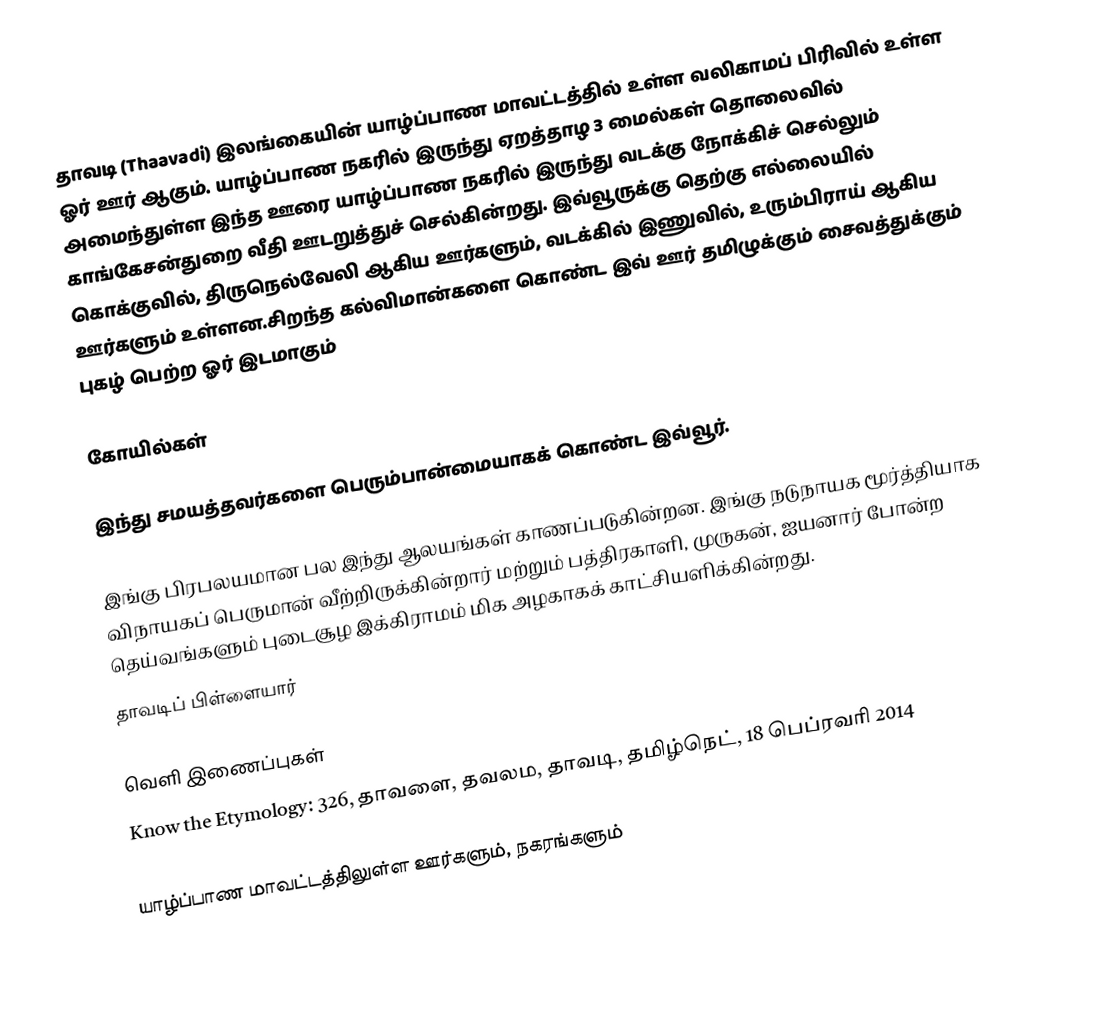
தாவடி (Thaavadi) இலங்கையின் யாழ்ப்பாண மாவட்டத்தில் உள்ள வலிகாமப் பிரிவில் உள்ள ஓர் ஊர் ஆகும். யாழ்ப்பாண நகரில் இருந்து ஏறத்தாழ 3 மைல்கள் தொலைவில் அமைந்துள்ள இந்த ஊரை யாழ்ப்பாண நகரில் இருந்து வடக்கு நோக்கிச் செல்லும் காங்கேசன்துறை வீதி ஊடறுத்துச் செல்கின்றது. இவ்வூருக்கு தெற்கு எல்லையில் கொக்குவில், திருநெல்வேலி ஆகிய ஊர்களும், வடக்கில் இணுவில், உரும்பிராய் ஆகிய ஊர்களும் உள்ளன.சிறந்த கல்விமான்களை கொண்ட இவ் ஊர் தமிழுக்கும் சைவத்துக்கும் புகழ் பெற்ற ஓர் இடமாகும்

கோயில்கள்

இந்து சமயத்தவர்களை பெரும்பான்மையாகக் கொண்ட இவ்வூர்.

இங்கு பிரபலயமான பல இந்து ஆலயங்கள் காணப்படுகின்றன. இங்கு நடுநாயக மூர்த்தியாக விநாயகப் பெருமான் வீற்றிருக்கின்றார் மற்றும் பத்திரகாளி, முருகன், ஐயனார் போன்ற தெய்வங்களும் புடைசூழ இக்கிராமம் மிக அழகாகக் காட்சியளிக்கின்றது.
தாவடிப் பிள்ளையார்

வெளி இணைப்புகள்
 Know the Etymology: 326, தாவளை, தவலம, தாவடி, தமிழ்நெட், 18 பெப்ரவரி 2014

யாழ்ப்பாண மாவட்டத்திலுள்ள ஊர்களும், நகரங்களும்